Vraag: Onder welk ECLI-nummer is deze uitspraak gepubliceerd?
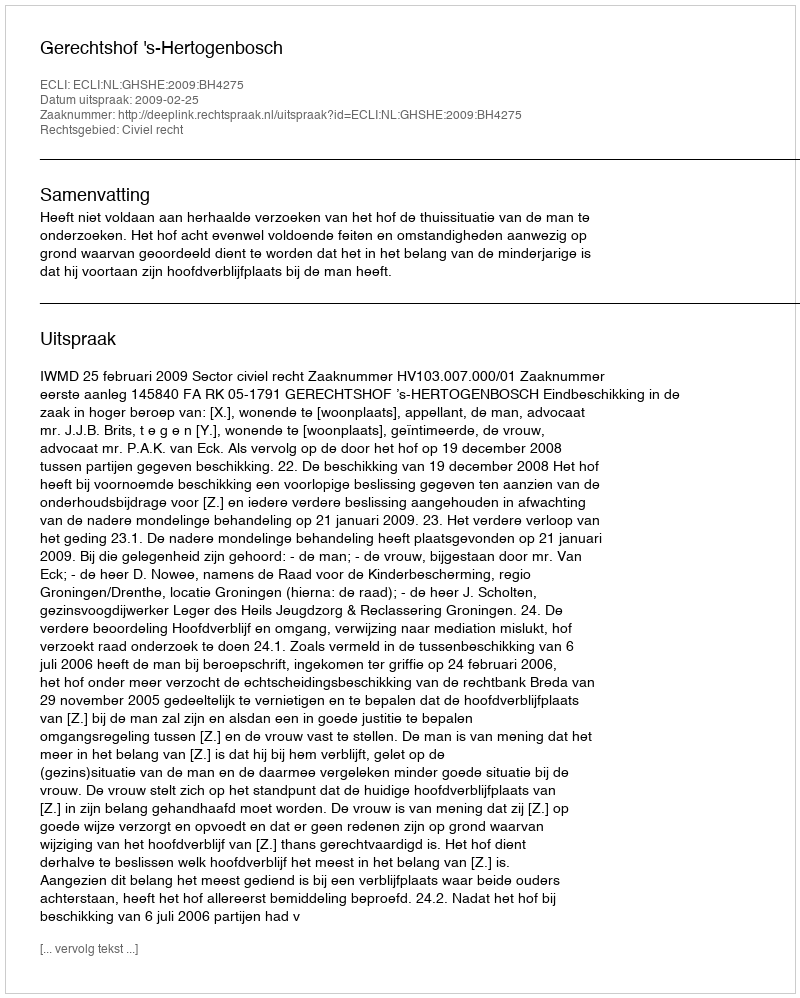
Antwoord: ECLI:NL:GHSHE:2009:BH4275